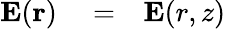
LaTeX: \begin{array}{rlr}{{\mathbf E}({\mathbf r})}&{{}=}&{{\mathbf E}(r,z)}\end{array}